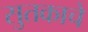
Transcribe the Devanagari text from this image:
सुतकाचे